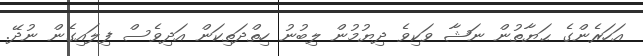
އަހަރެންގެ ޙަޔާތުން ނަޝާ ވަކިވެ ދިޔުމުން ލިބުނު ހިތްދަތިކަން އަދިވެސް ފިލައިގެން ނުދޭ.